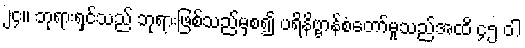
၂၄။ ဘုရားရှင်သည် ဘုရားဖြစ်သည်မှစ၍ ပရိနိဗ္ဗာန်စံတော်မူသည်အထိ ၄၅ ဝါ